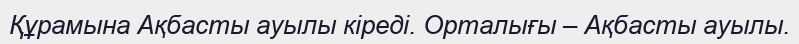
Құрамына Ақбасты ауылы кіреді. Орталығы – Ақбасты ауылы.